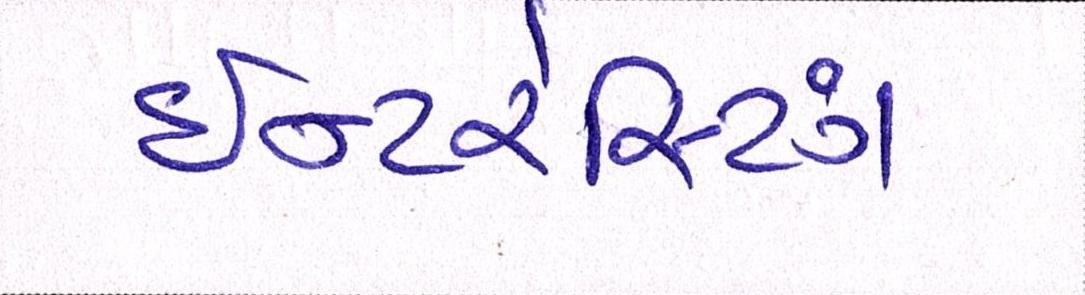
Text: ઇન્ટરેસ્ટિંગ